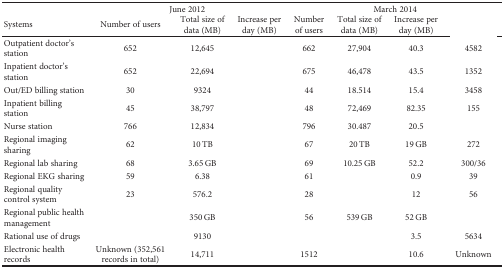
<table><thead><tr><td>[EMPTY_CELL]</td><td colspan="3"><b>June 2012</b></td><td colspan="4"><b>March 2014</b></td></tr><tr><td><b>Systems</b></td><td><b>Number of users</b></td><td><b>Total size of data (MB)</b></td><td><b>Increase per day (MB)</b></td><td><b>Number of users</b></td><td><b>Total size of data (MB)</b></td><td><b>Increase per day (MB)</b></td><td>[EMPTY_CELL]</td></tr></thead><tbody><tr><td>Outpatient doctor's station</td><td>652</td><td>12,645</td><td>[EMPTY_CELL]</td><td>662</td><td>27,904</td><td>40.3</td><td>4582</td></tr><tr><td>Inpatient doctor's station</td><td>652</td><td>22,694</td><td>[EMPTY_CELL]</td><td>675</td><td>46,478</td><td>43.5</td><td>1352</td></tr><tr><td>Out/ED billing station</td><td>30</td><td>9324</td><td>[EMPTY_CELL]</td><td>44</td><td>18.514</td><td>15.4</td><td>3458</td></tr><tr><td>Inpatient billing station</td><td>45</td><td>38,797</td><td>[EMPTY_CELL]</td><td>48</td><td>72,469</td><td>82.35</td><td>155</td></tr><tr><td>Nurse station</td><td>766</td><td>12,834</td><td>[EMPTY_CELL]</td><td>796</td><td>30.487</td><td>20.5</td><td>[EMPTY_CELL]</td></tr><tr><td>Regional imaging sharing</td><td>62</td><td>10 TB</td><td>[EMPTY_CELL]</td><td>67</td><td>20 TB</td><td>19 GB</td><td>272</td></tr><tr><td>Regional lab sharing</td><td>68</td><td>3.65 GB</td><td>[EMPTY_CELL]</td><td>69</td><td>10.25 GB</td><td>52.2</td><td>300/36</td></tr><tr><td>Regional EKG sharing</td><td>59</td><td>6.38</td><td>[EMPTY_CELL]</td><td>61</td><td>[EMPTY_CELL]</td><td>0.9</td><td>39</td></tr><tr><td>Regional quality control system</td><td>23</td><td>576.2</td><td>[EMPTY_CELL]</td><td>28</td><td>[EMPTY_CELL]</td><td>12</td><td>56</td></tr><tr><td>Regional public health management</td><td>[EMPTY_CELL]</td><td>350 GB</td><td>[EMPTY_CELL]</td><td>56</td><td>539 GB</td><td>52 GB</td><td>[EMPTY_CELL]</td></tr><tr><td>Rational use of drugs</td><td>[EMPTY_CELL]</td><td>9130</td><td>[EMPTY_CELL]</td><td>[EMPTY_CELL]</td><td>[EMPTY_CELL]</td><td>3.5</td><td>5634</td></tr><tr><td>Electronic health records</td><td>Unknown (352,561 records in total)</td><td>14,711</td><td>[EMPTY_CELL]</td><td>1512</td><td>[EMPTY_CELL]</td><td>10.6</td><td>Unknown</td></tr></tbody></table>